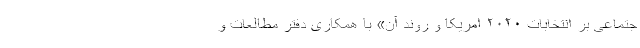
جتماعی بر انتخابات ۲۰۲۰ امریکا و روند آن» با همکاری دفتر مطالعات و